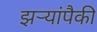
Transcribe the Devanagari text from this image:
झऱ्यांपैकी